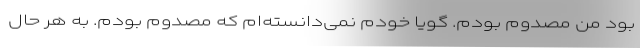
بود من مصدوم بودم. گویا خودم نمی‌دانسته‌ام که مصدوم بودم. به هر حال